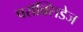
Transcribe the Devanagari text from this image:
परॉक्सिडेज